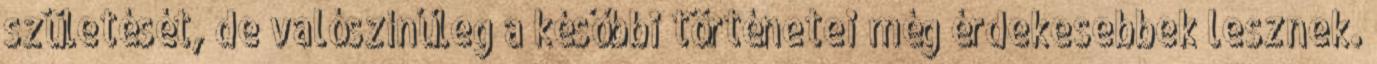
születését, de valószínűleg a későbbi történetei még érdekesebbek lesznek.